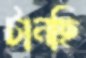
টানছি